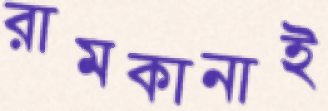
রামকানাই